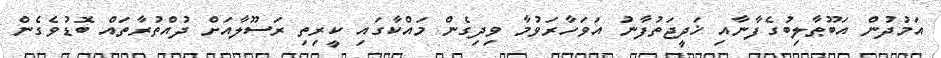
އަމުދުން އަބޫޠާލިބުގެފާނާއި ޚަދީޖަތުފާނު އަވަހާރަވުމާ ވިދިގެން މައްކާގައި ކީރިތި ރަސޫލާއަށް ދުއްތުރާތައް ބޮޑުވެގެން